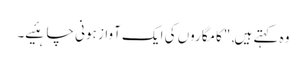
وہ کہتے ہیں, "کامگاروں کی ایک آواز ہونی چاہئیے۔